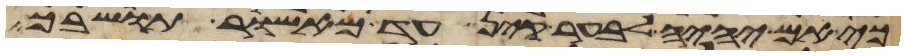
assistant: כי אם יהיה לבער קין עד מאשור תושבך